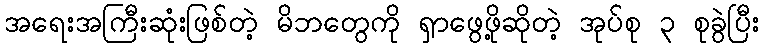
အရေးအကြီးဆုံးဖြစ်တဲ့ မိဘတွေကို ရှာဖွေဖို့ဆိုတဲ့ အုပ်စု ၃ စုခွဲပြီး